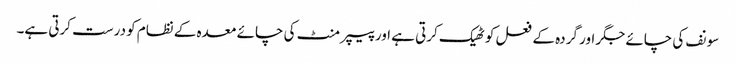
سونف کی چائے جگر اور گردہ کے فعل کو ٹھیک کرتی ہے اور پیپر منٹ کی چائے معدہ کے نظام کو درست کرتی ہے۔